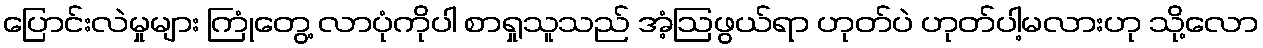
ပြောင်းလဲမှုများ ကြုံတွေ့ လာပုံကိုပါ စာရှုသူသည် အံ့ဩဖွယ်ရာ ဟုတ်ပဲ ဟုတ်ပါ့မလားဟု သို့လော